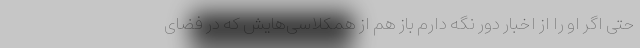
حتی اگر او را از اخبار دور نگه دارم باز هم از همکلاسی‌هایش که در فضای